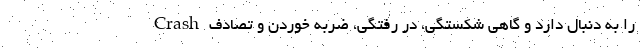
را به دنبال دارد و گاهی شکستگی، در رفتگی، ضربه خوردن و تصادف Crash